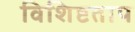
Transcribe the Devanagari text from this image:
विशिष्टताप